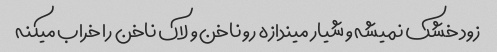
زود خشک نمیشه و شیار میندازه رو ناخن و لاک ناخن را خراب میکنه